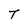
Character: T